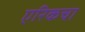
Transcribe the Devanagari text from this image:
एरिकचा